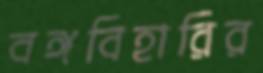
বঙ্গবিহারির